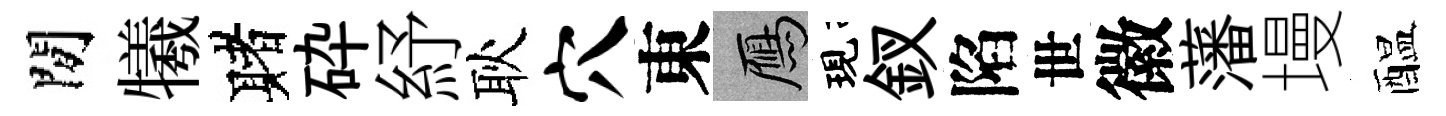
閒犧赌砕紓耿穴東鴈現釵陷世徽藩墁醖